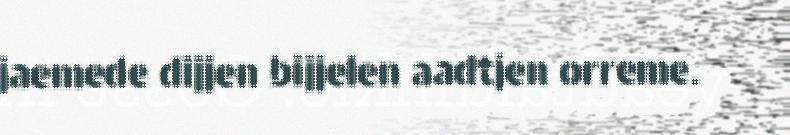
jaemede dijjen bijjelen aadtjen orreme.